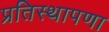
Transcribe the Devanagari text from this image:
प्रतिस्थापणा